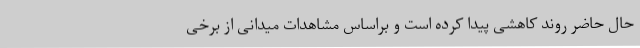
حال حاضر روند کاهشی پیدا کرده است و براساس مشاهدات میدانی از برخی